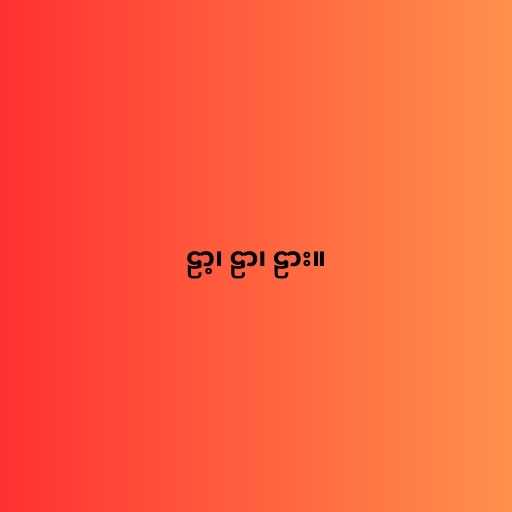
ဠာ့၊ ဠာ၊ ဠား။